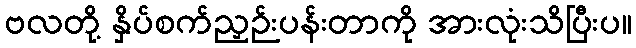
ဗလတို့ နှိပ်စက်ညှဉ်းပန်းတာကို အားလုံးသိပြီးပ။